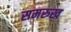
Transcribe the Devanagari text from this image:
समरुख